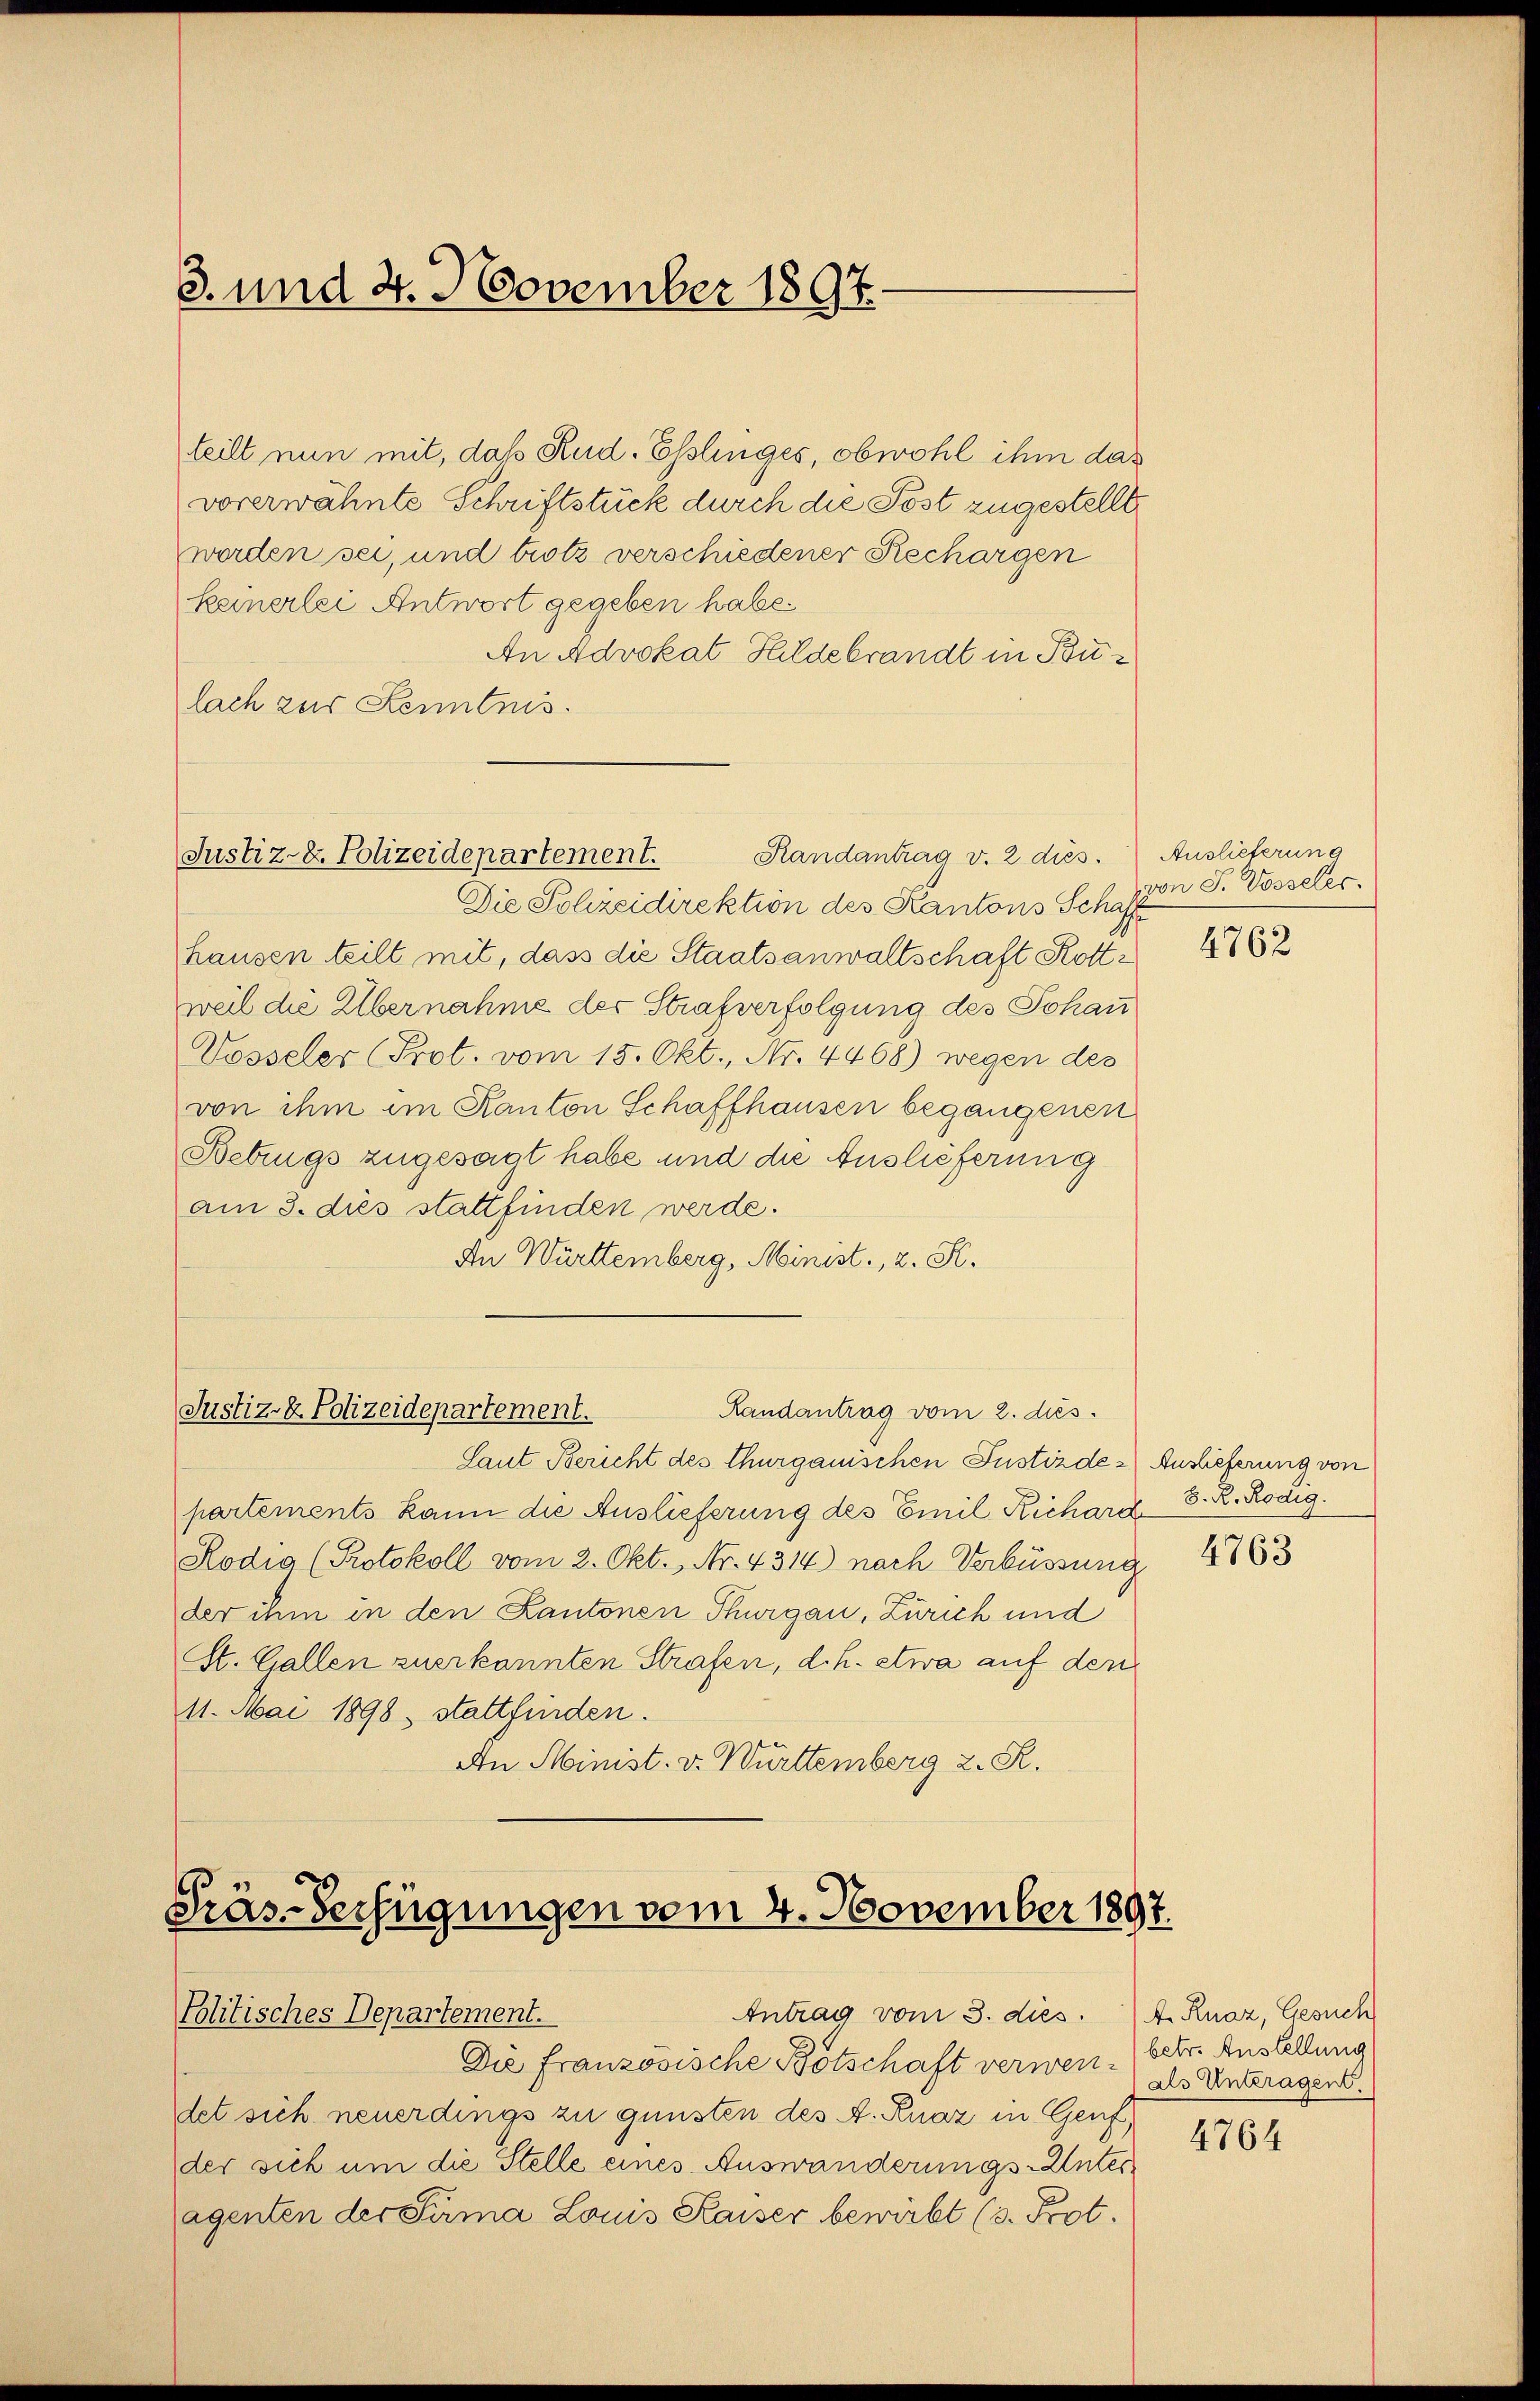
3. und 4. November 1897.

teilt nun mit, daß Rud. Esslinges, obwohl ihm das
vorerwähnte Schriftstück durch die Post zugestellt,
werden sei, und trotz verschiedener Rechargen
keinerlei Antwort gegeben habe.
An Advokat Hildebrandt in Bulach zur Kenntnis.

Randantrag v. 2 dies
Justiz- & Polizeidepartement.

Die Polizeidirektion des Kantons Schaff
Hausen teilt mit, dass die Staatsanwaltschaft Rottweil die Übernahme der Strafverfolgung des Johan
Vosseler (Prot. vom 15. Okt., Nr. 4468) wegen des
von ihm im Kanton Schaffhausen begangenen
Betrugs zugesagt habe und die Auslieferung
am 3. dies stattfinden werde.
In Württemberg, Minist., 2. F.

Randantrag vom 2. ds.
Justiz- & Polizeidepartement.

Laut Bericht des Thurgauischen Justizde - Auslieferung von
partements kann die Auslieferung des Emil Richard
Rodia (Protokoll vom 2. Okt., Nr. 4314) nach Verbüssung
der ihm in den Kantonen Thurgau, Zürich und
St. Gallen zuerkannten Strafen, d. h. etwa auf den
11. Mai 1898, stattfinden.
An Minist. v. Württemberg 2. R.

Präs-Verfügungen vom 4. November 1897.
Antrag vom 3. dies. 4. Knaz, Gesuch
Plitisches Departement.

Die französische Botschaft verwendet sich neuerdings zu gunsten des A. Knaz in Genf,
der sich um die Stelle eines Auswanderungs-Unteragenten der Firma Lois Kaiser bewirbt (3. Prot.

Auslieferung
von S. Vosseler.

d. R. Rödig.

4762

4763

betr. Austellung
als Unteragen.

4764